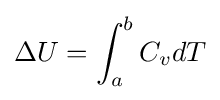
\Delta U=\int _{a}^{b}C_{v}dT